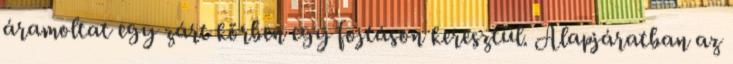
áramoltat egy zárt körben egy fojtáson keresztül. Alapjáratban az